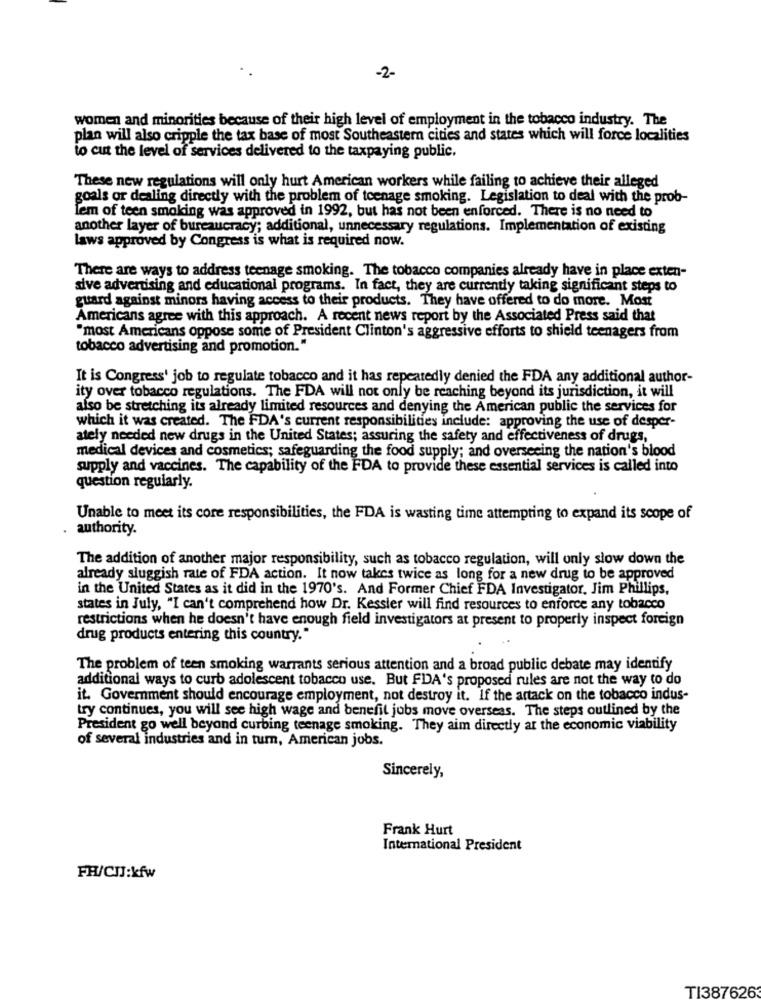
-2-
women and minorities because of their high level of employment in the tobacco industry. The
plan will also cripple the tax base of most Southeastern cities and states which will force localities
to cut the level of services delivered to the taxpaying public.
These new regulations will only hurt American workers while failing to achieve their alleged
goals or dealing directly with the problem of teenage smoking. Legislation to deal with the prob-
lem of teen smoking was approved in 1992, but has not been enforced. There is no need to
another layer of bureaucracy; additional, unnecessary regulations. Implementation of existing
laws approved by Congress is what is required now.
There are ways to address teenage smoking. The tobacco companies already have in place exten-
sive advertising and educational programs. In fact, they are currently taking significant steps to
guard against minors having access to their products. They have offered to do more. Most
Americans agree with this approach. A recent news report by the Associated Press said that
"most Americans oppose some of President Clinton's aggressive efforts to shield teenagers from
tobacco advertising and promotion."
It is Congress' job to regulate tobacco and it has repeatedly denied the FDA any additional author-
ity over tobacco regulations. The FDA will not only be reaching beyond its jurisdiction, it will
also be stretching its already limited resources and denying the American public the services for
which it was created. The FDA's current responsibilities include: approving the use of desper-
ately needed new drugs in the United States; assuring the safety and effectiveness of drugs,
medical devices and cosmetics; safeguarding the food supply; and overseeing the nation's blood
supply and vaccines. The capability of the FDA to provide these essential services is called into
question regularly.
Unable to meet its core responsibilities, the FDA is wasting time attempting to expand its scope of
authority.
The addition of another major responsibility, such as tobacco regulation, will only slow down the
already sluggish rate of FDA action. It now takes twice as long for a new drug to be approved
in the United States as it did in the 1970's. And Former Chief FDA Investigator, Jim Phillips,
states in July, "I can't comprehend how Dr. Kessler will find resources to enforce any tobacco
restrictions when he doesn't have enough field investigators at present to properly inspect foreign
drug products entering this country."
The problem of teen smoking warrants serious attention and a broad public debate may identify
additional ways to curb adolescent tobacco use. But FDA's proposed rules are not the way to do
it. Government should encourage employment, not destroy it. If the attack on the tobacco indus-
try continues, you will see high wage and benefit jobs move overseas. The steps outlined by the
President go well beyond curbing teenage smoking. They aim directly at the economic viability
of several industries and in turn, American jobs.
Sincerely,
Frank Hurt
International President
FR/CUJ:kfw
TI387626